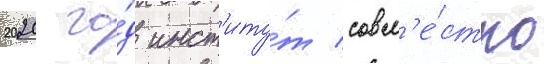
2020 го́д инст'иту́т совм'е́стно